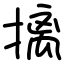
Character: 摛